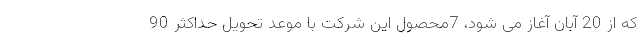
که از 20 آبان آغاز می شود، 7محصول این شرکت با موعد تحویل حداکثر 90